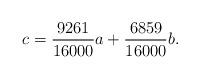
LaTeX: \begin{align*}c=\frac{9261}{16000}a+\frac{6859}{16000}b.\end{align*}